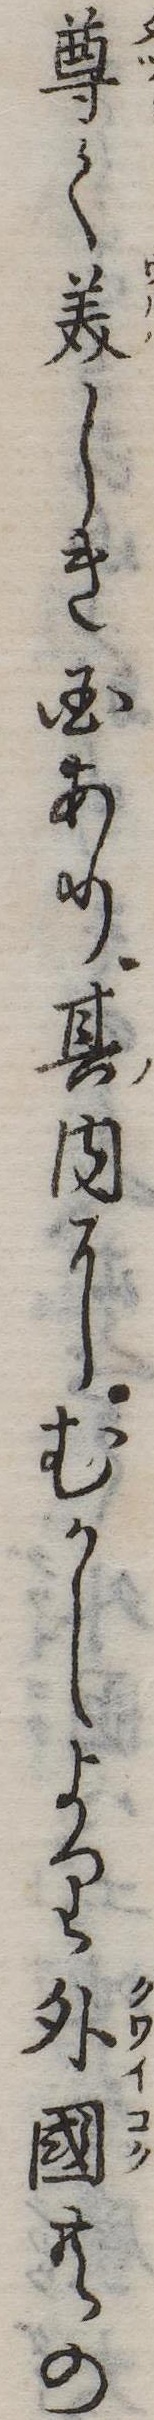
尊く美しき国あり其内にむかしより外国共の